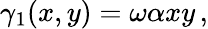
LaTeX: \gamma_{1}(x,y)=\omega\alpha xy\, ,